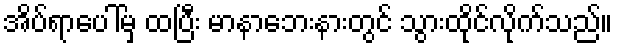
အိပ်ရာပေါ်မှ ထပြီး မာနာဘေးနားတွင် သွားထိုင်လိုက်သည်။